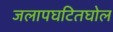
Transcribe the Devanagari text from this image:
जलापघटितघोल